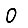
Digit: 0